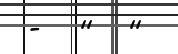
-   ''   ''